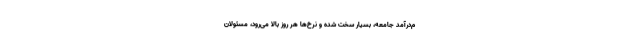
م‌درآمد جامعه، بسیار سخت شده و نرخ‌ها هر روز بالا می‌رود، مسئولان